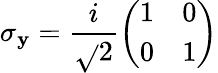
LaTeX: \sigma_{\mathbf{y}}={\frac{{i}}{{\sqrt{}{{2}}}}}{\left(\begin{array}{ll}{1}&{0}\\ {0}&{1}\end{array}\right)}